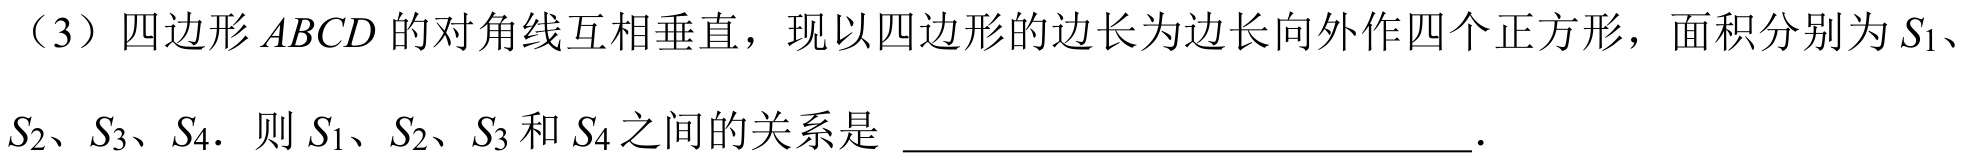
（3）四边形\(ABCD\)的对角线互相垂直，现以四边形的边长为边长向外作四个正方形，面积分别为\(S_{1}\)、\(S_{2}\)、\(S_{3}\)、\(S_{4}\)．则\(S_{1}\)、\(S_{2}\)、\(S_{3}\)和\(S_{4}\)之间的关系是  ．